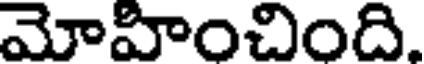
మోహించింది.